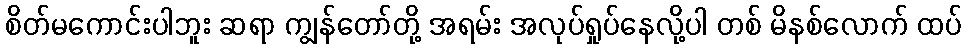
စိတ်မကောင်းပါဘူး ဆရာ ကျွန်တော်တို့ အရမ်း အလုပ်ရှုပ်နေလို့ပါ တစ် မိနစ်လောက် ထပ်